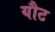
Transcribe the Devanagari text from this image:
यौट